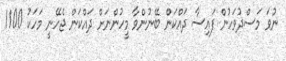
ނުވަ މަސްދުވަހުން ފައިސާ ދައްްކަން ބޭނުންވާ މީހުންނަށް ދައްކަން ޖެހޭނީ މަހަކު 1100